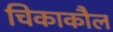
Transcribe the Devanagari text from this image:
चिकाकौल